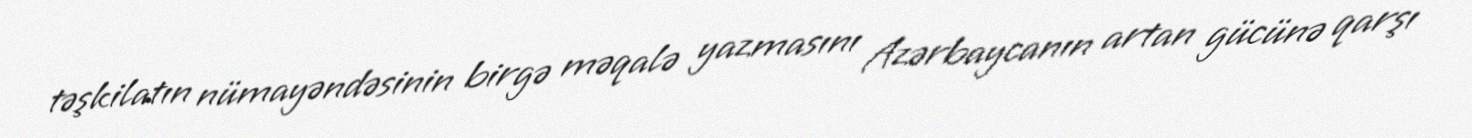
təşkilatın nümayəndəsinin birgə məqalə yazmasını Azərbaycanın artan gücünə qarşı